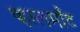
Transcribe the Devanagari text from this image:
व्हालमाँट